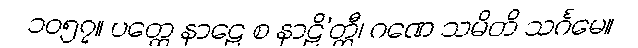
၁၀၅၇။ ပတ္ထေ နာဠေ စ နာဠိ’တ္ထီ၊ ဂဏေ သမိတိ သင်္ဂမေ။